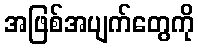
အဖြစ်အပျက်တွေကို